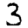
Digit: 3